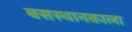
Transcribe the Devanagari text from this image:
बसस्थानकाला